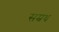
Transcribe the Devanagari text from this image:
सम्रध